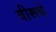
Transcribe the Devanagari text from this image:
वीरूचे